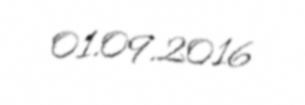
01.09.2016